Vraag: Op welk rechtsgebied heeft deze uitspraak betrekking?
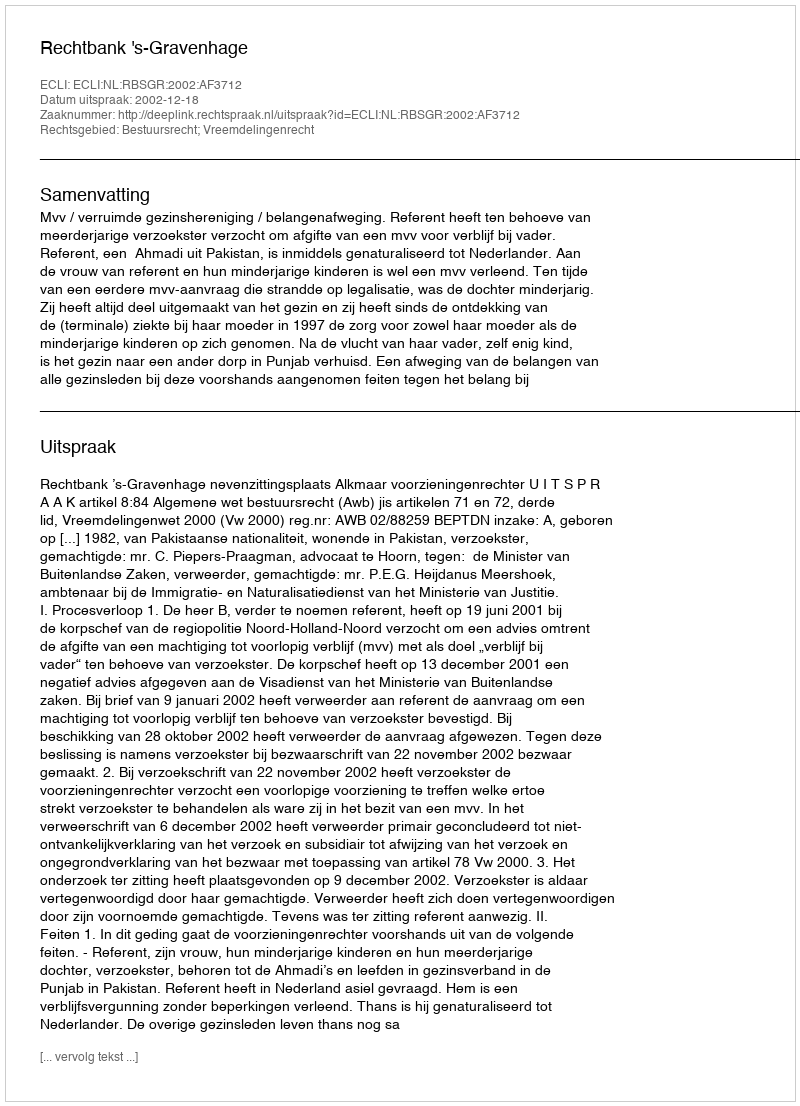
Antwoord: Bestuursrecht; Vreemdelingenrecht